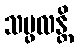
သမ္ဖလန္တိ